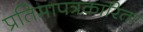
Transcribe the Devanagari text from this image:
प्रतिमापत्रकारिता